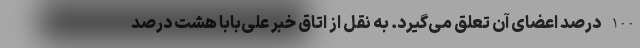
100 درصد اعضای آن تعلق می‌گیرد. به نقل از اتاق خبر علی‌بابا هشت درصد